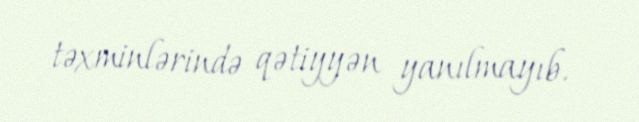
təxminlərində qətiyyən yanılmayıb.